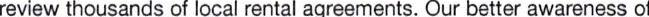
review thousands of local rental agreements. Our better awareness of